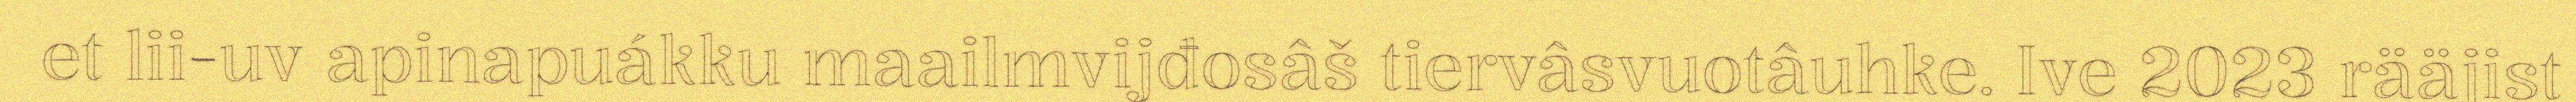
et lii-uv apinapuákku maailmvijđosâš tiervâsvuotâuhke. Ive 2023 rääjist